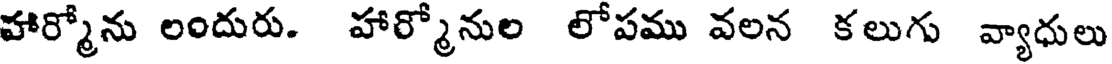
హార్మోను లందురు. హార్మోనుల లోపము వలన కలుగు వ్యాధులు